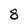
Character: 8